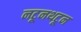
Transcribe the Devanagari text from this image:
नटूनथटून